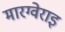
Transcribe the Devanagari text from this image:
मारग्वेराइ